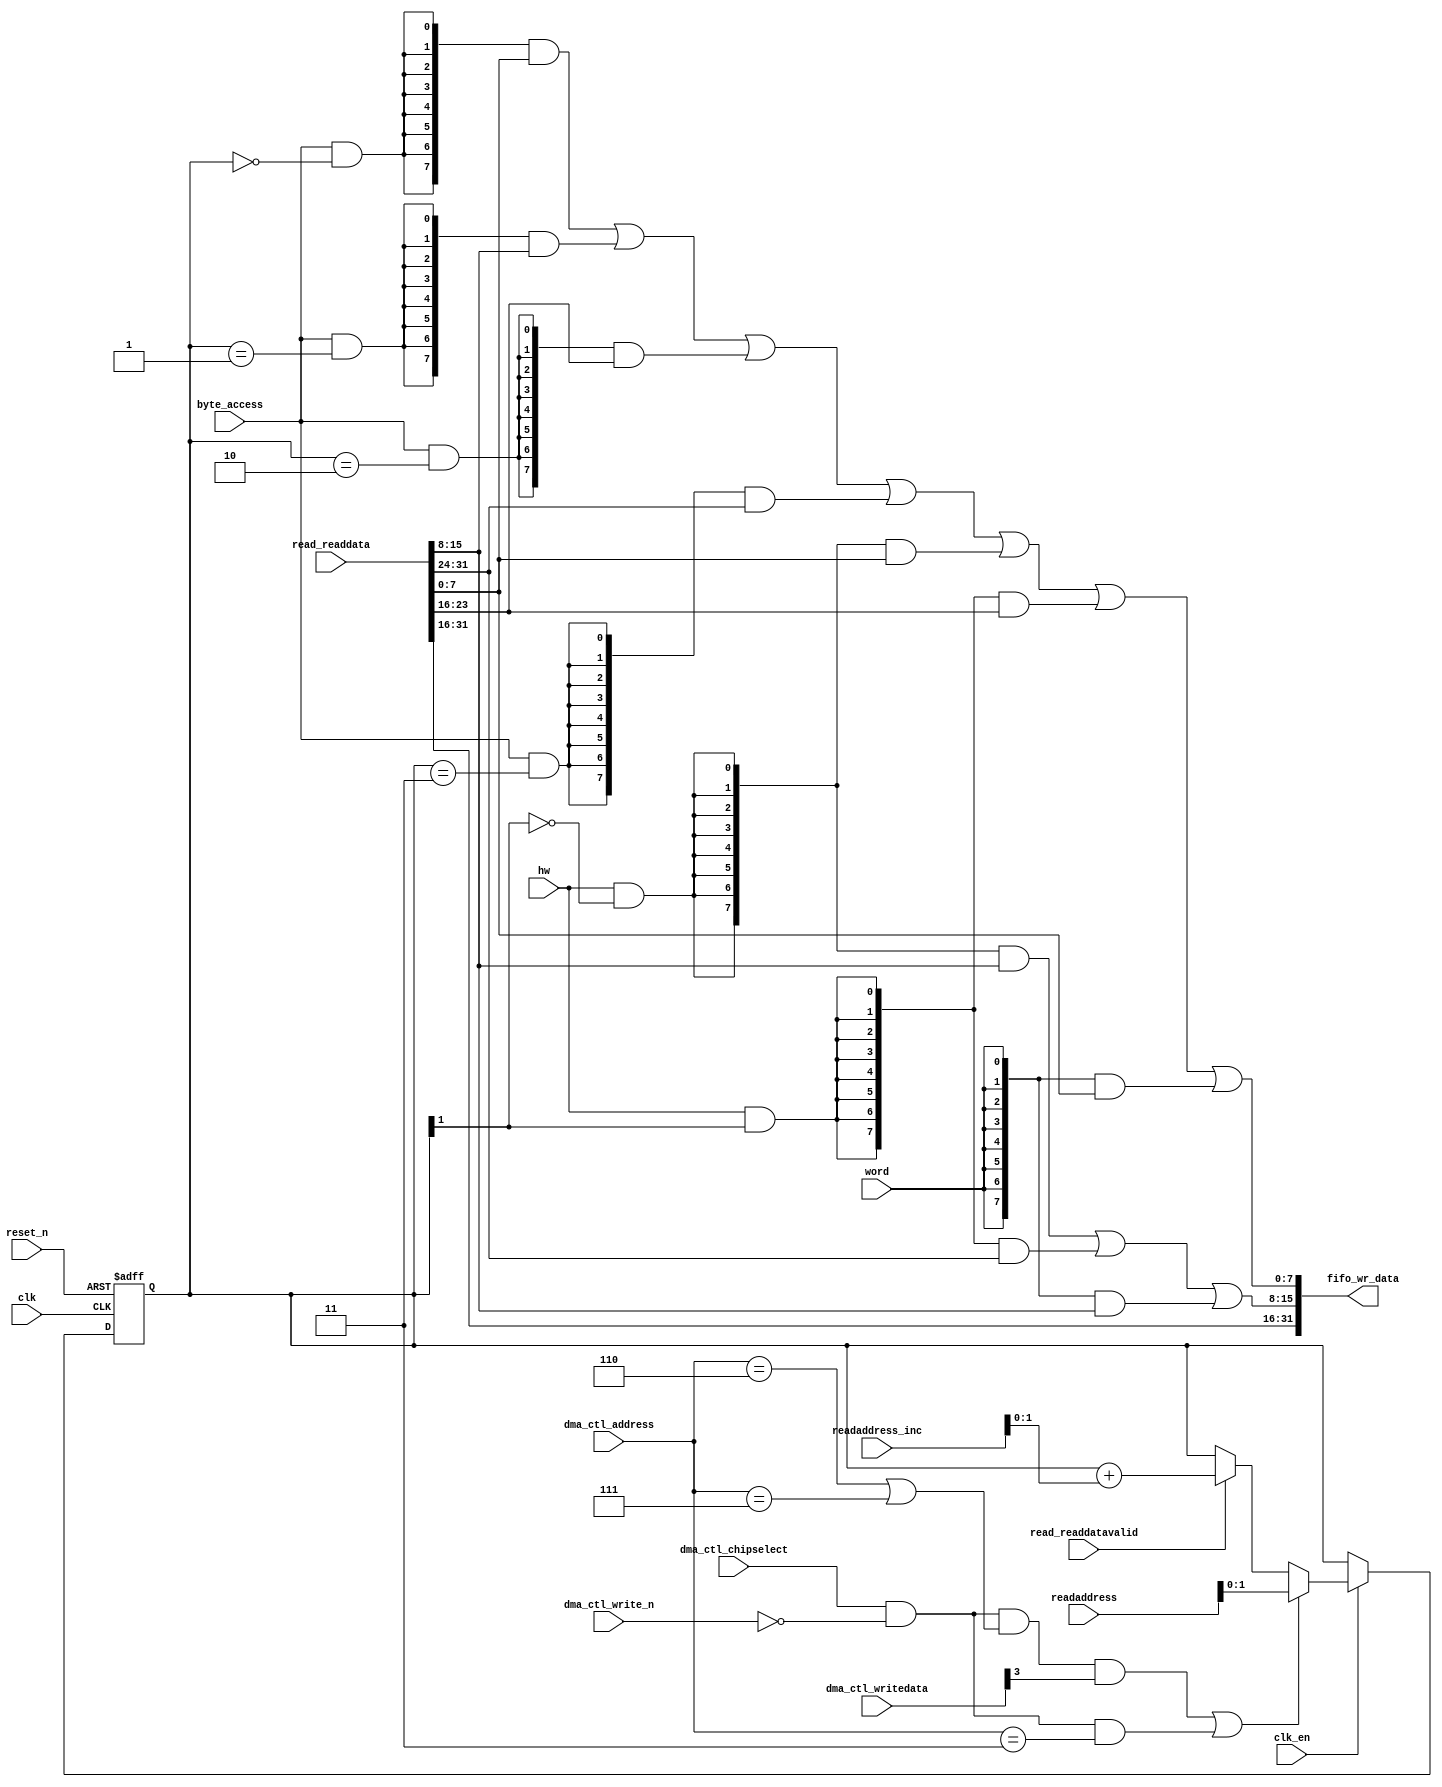
//Legal Notice: (C)2019 Altera Corporation. All rights reserved.  Your
//use of Altera Corporation's design tools, logic functions and other
//software and tools, and its AMPP partner logic functions, and any
//output files any of the foregoing (including device programming or
//simulation files), and any associated documentation or information are
//expressly subject to the terms and conditions of the Altera Program
//License Subscription Agreement or other applicable license agreement,
//including, without limitation, that your use is for the sole purpose
//of programming logic devices manufactured by Altera and sold by Altera
//or its authorized distributors.  Please refer to the applicable
//agreement for further details.

// synthesis translate_off
`timescale 1ns / 1ps
// synthesis translate_on

// turn off superfluous verilog processor warnings 
// altera message_level Level1 
// altera message_off 10034 10035 10036 10037 10230 10240 10030 

module platformniossdram_dma_0_read_data_mux (
                                               // inputs:
                                                byte_access,
                                                clk,
                                                clk_en,
                                                dma_ctl_address,
                                                dma_ctl_chipselect,
                                                dma_ctl_write_n,
                                                dma_ctl_writedata,
                                                hw,
                                                read_readdata,
                                                read_readdatavalid,
                                                readaddress,
                                                readaddress_inc,
                                                reset_n,
                                                word,

                                               // outputs:
                                                fifo_wr_data
                                             )
;

  output  [ 31: 0] fifo_wr_data;
  input            byte_access;
  input            clk;
  input            clk_en;
  input   [  2: 0] dma_ctl_address;
  input            dma_ctl_chipselect;
  input            dma_ctl_write_n;
  input   [ 26: 0] dma_ctl_writedata;
  input            hw;
  input   [ 31: 0] read_readdata;
  input            read_readdatavalid;
  input   [ 25: 0] readaddress;
  input   [  4: 0] readaddress_inc;
  input            reset_n;
  input            word;


wire             control_write;
wire    [ 31: 0] fifo_wr_data;
wire             length_write;
wire    [  1: 0] read_data_mux_input;
reg     [  1: 0] readdata_mux_select;
  assign control_write = dma_ctl_chipselect & ~dma_ctl_write_n & ((dma_ctl_address == 6) || (dma_ctl_address == 7));
  assign length_write = dma_ctl_chipselect & ~dma_ctl_write_n & (dma_ctl_address == 3);
  assign read_data_mux_input = ((control_write && dma_ctl_writedata[3] || length_write))? readaddress[1 : 0] :
    (read_readdatavalid)? (readdata_mux_select + readaddress_inc) :
    readdata_mux_select;

  // Reset value: the transaction size bits of the read address reset value.
  always @(posedge clk or negedge reset_n)
    begin
      if (reset_n == 0)
          readdata_mux_select <= 0;
      else if (clk_en)
          readdata_mux_select <= read_data_mux_input[1 : 0];
    end


  assign fifo_wr_data[31 : 16] = read_readdata[31 : 16];
  assign fifo_wr_data[15 : 8] = ({8 {(hw & (readdata_mux_select[1] == 0))}} & read_readdata[15 : 8]) |
    ({8 {(hw & (readdata_mux_select[1] == 1))}} & read_readdata[31 : 24]) |
    ({8 {word}} & read_readdata[15 : 8]);

  assign fifo_wr_data[7 : 0] = ({8 {(byte_access & (readdata_mux_select[1 : 0] == 0))}} & read_readdata[7 : 0]) |
    ({8 {(byte_access & (readdata_mux_select[1 : 0] == 1))}} & read_readdata[15 : 8]) |
    ({8 {(byte_access & (readdata_mux_select[1 : 0] == 2))}} & read_readdata[23 : 16]) |
    ({8 {(byte_access & (readdata_mux_select[1 : 0] == 3))}} & read_readdata[31 : 24]) |
    ({8 {(hw & (readdata_mux_select[1] == 0))}} & read_readdata[7 : 0]) |
    ({8 {(hw & (readdata_mux_select[1] == 1))}} & read_readdata[23 : 16]) |
    ({8 {word}} & read_readdata[7 : 0]);


endmodule


// synthesis translate_off
`timescale 1ns / 1ps
// synthesis translate_on

// turn off superfluous verilog processor warnings 
// altera message_level Level1 
// altera message_off 10034 10035 10036 10037 10230 10240 10030 

module platformniossdram_dma_0_byteenables (
                                             // inputs:
                                              byte_access,
                                              hw,
                                              word,
                                              write_address,

                                             // outputs:
                                              write_byteenable
                                           )
;

  output  [  3: 0] write_byteenable;
  input            byte_access;
  input            hw;
  input            word;
  input   [ 26: 0] write_address;


wire             wa_1_is_0;
wire             wa_1_is_1;
wire             wa_1_to_0_is_0;
wire             wa_1_to_0_is_1;
wire             wa_1_to_0_is_2;
wire             wa_1_to_0_is_3;
wire    [  3: 0] write_byteenable;
  assign wa_1_to_0_is_3 = write_address[1 : 0] == 2'h3;
  assign wa_1_to_0_is_2 = write_address[1 : 0] == 2'h2;
  assign wa_1_to_0_is_1 = write_address[1 : 0] == 2'h1;
  assign wa_1_to_0_is_0 = write_address[1 : 0] == 2'h0;
  assign wa_1_is_1 = write_address[1] == 1'h1;
  assign wa_1_is_0 = write_address[1] == 1'h0;
  assign write_byteenable = ({4 {byte_access}} & {wa_1_to_0_is_3, wa_1_to_0_is_2, wa_1_to_0_is_1, wa_1_to_0_is_0}) |
    ({4 {hw}} & {wa_1_is_1, wa_1_is_1, wa_1_is_0, wa_1_is_0}) |
    ({4 {word}} & 4'b1111);


endmodule


// synthesis translate_off
`timescale 1ns / 1ps
// synthesis translate_on

// turn off superfluous verilog processor warnings 
// altera message_level Level1 
// altera message_off 10034 10035 10036 10037 10230 10240 10030 

module platformniossdram_dma_0_fifo_module_fifo_ram_module (
                                                             // inputs:
                                                              clk,
                                                              data,
                                                              rdaddress,
                                                              rdclken,
                                                              reset_n,
                                                              wraddress,
                                                              wrclock,
                                                              wren,

                                                             // outputs:
                                                              q
                                                           )
;

  output  [ 31: 0] q;
  input            clk;
  input   [ 31: 0] data;
  input   [  4: 0] rdaddress;
  input            rdclken;
  input            reset_n;
  input   [  4: 0] wraddress;
  input            wrclock;
  input            wren;


reg     [ 31: 0] mem_array [ 31: 0];
wire    [ 31: 0] q;
reg     [  4: 0] read_address;

//synthesis translate_off
//////////////// SIMULATION-ONLY CONTENTS
  always @(posedge clk or negedge reset_n)
    begin
      if (reset_n == 0)
          read_address <= 0;
      else if (rdclken)
          read_address <= rdaddress;
    end


  // Data read is synchronized through latent_rdaddress.
  assign q = mem_array[read_address];

  always @(posedge wrclock)
    begin
      // Write data
      if (wren)
          mem_array[wraddress] <= data;
    end



//////////////// END SIMULATION-ONLY CONTENTS

//synthesis translate_on
//synthesis read_comments_as_HDL on
//  always @(rdaddress)
//    begin
//      read_address = rdaddress;
//    end
//
//
//  lpm_ram_dp lpm_ram_dp_component
//    (
//      .data (data),
//      .q (q),
//      .rdaddress (read_address),
//      .rdclken (rdclken),
//      .rdclock (clk),
//      .wraddress (wraddress),
//      .wrclock (wrclock),
//      .wren (wren)
//    );
//
//  defparam lpm_ram_dp_component.lpm_file = "UNUSED",
//           lpm_ram_dp_component.lpm_hint = "USE_EAB=ON",
//           lpm_ram_dp_component.lpm_indata = "REGISTERED",
//           lpm_ram_dp_component.lpm_outdata = "UNREGISTERED",
//           lpm_ram_dp_component.lpm_rdaddress_control = "REGISTERED",
//           lpm_ram_dp_component.lpm_width = 32,
//           lpm_ram_dp_component.lpm_widthad = 5,
//           lpm_ram_dp_component.lpm_wraddress_control = "REGISTERED",
//           lpm_ram_dp_component.suppress_memory_conversion_warnings = "ON";
//
//synthesis read_comments_as_HDL off

endmodule


// synthesis translate_off
`timescale 1ns / 1ps
// synthesis translate_on

// turn off superfluous verilog processor warnings 
// altera message_level Level1 
// altera message_off 10034 10035 10036 10037 10230 10240 10030 

module platformniossdram_dma_0_fifo_module (
                                             // inputs:
                                              clk,
                                              clk_en,
                                              fifo_read,
                                              fifo_wr_data,
                                              fifo_write,
                                              flush_fifo,
                                              inc_pending_data,
                                              reset_n,

                                             // outputs:
                                              fifo_datavalid,
                                              fifo_empty,
                                              fifo_rd_data,
                                              p1_fifo_full
                                           )
;

  output           fifo_datavalid;
  output           fifo_empty;
  output  [ 31: 0] fifo_rd_data;
  output           p1_fifo_full;
  input            clk;
  input            clk_en;
  input            fifo_read;
  input   [ 31: 0] fifo_wr_data;
  input            fifo_write;
  input            flush_fifo;
  input            inc_pending_data;
  input            reset_n;


wire    [  4: 0] estimated_rdaddress;
reg     [  4: 0] estimated_wraddress;
wire             fifo_datavalid;
wire             fifo_dec;
reg              fifo_empty;
reg              fifo_full;
wire             fifo_inc;
wire    [ 31: 0] fifo_ram_q;
wire    [ 31: 0] fifo_rd_data;
reg              last_write_collision;
reg     [ 31: 0] last_write_data;
wire    [  4: 0] p1_estimated_wraddress;
wire             p1_fifo_empty;
wire             p1_fifo_full;
wire    [  4: 0] p1_wraddress;
wire    [  4: 0] rdaddress;
reg     [  4: 0] rdaddress_reg;
reg     [  4: 0] wraddress;
wire             write_collision;
  assign p1_wraddress = (fifo_write)? wraddress - 1 :
    wraddress;

  always @(posedge clk or negedge reset_n)
    begin
      if (reset_n == 0)
          wraddress <= 0;
      else if (clk_en)
          if (flush_fifo)
              wraddress <= 0;
          else 
            wraddress <= p1_wraddress;
    end


  assign rdaddress = flush_fifo ? 0 : fifo_read ? (rdaddress_reg - 1) : rdaddress_reg;
  always @(posedge clk or negedge reset_n)
    begin
      if (reset_n == 0)
          rdaddress_reg <= 0;
      else 
        rdaddress_reg <= rdaddress;
    end


  assign fifo_datavalid = ~fifo_empty;
  assign fifo_inc = fifo_write & ~fifo_read;
  assign fifo_dec = fifo_read & ~fifo_write;
  assign estimated_rdaddress = rdaddress_reg - 1;
  assign p1_estimated_wraddress = (inc_pending_data)? estimated_wraddress - 1 :
    estimated_wraddress;

  always @(posedge clk or negedge reset_n)
    begin
      if (reset_n == 0)
          estimated_wraddress <= {5 {1'b1}};
      else if (clk_en)
          if (flush_fifo)
              estimated_wraddress <= {5 {1'b1}};
          else 
            estimated_wraddress <= p1_estimated_wraddress;
    end


  assign p1_fifo_empty = flush_fifo  | ((~fifo_inc & fifo_empty) | (fifo_dec & (wraddress == estimated_rdaddress)));
  always @(posedge clk or negedge reset_n)
    begin
      if (reset_n == 0)
          fifo_empty <= 1;
      else if (clk_en)
          fifo_empty <= p1_fifo_empty;
    end


  assign p1_fifo_full = ~flush_fifo & ((~fifo_dec & fifo_full)  | (inc_pending_data & (estimated_wraddress == rdaddress)));
  always @(posedge clk or negedge reset_n)
    begin
      if (reset_n == 0)
          fifo_full <= 0;
      else if (clk_en)
          fifo_full <= p1_fifo_full;
    end


  assign write_collision = fifo_write && (wraddress == rdaddress);
  always @(posedge clk or negedge reset_n)
    begin
      if (reset_n == 0)
          last_write_data <= 0;
      else if (write_collision)
          last_write_data <= fifo_wr_data;
    end


  always @(posedge clk or negedge reset_n)
    begin
      if (reset_n == 0)
          last_write_collision <= 0;
      else if (write_collision)
          last_write_collision <= -1;
      else if (fifo_read)
          last_write_collision <= 0;
    end


  assign fifo_rd_data = last_write_collision ? last_write_data : fifo_ram_q;
  //platformniossdram_dma_0_fifo_module_fifo_ram, which is an e_ram
  platformniossdram_dma_0_fifo_module_fifo_ram_module platformniossdram_dma_0_fifo_module_fifo_ram
    (
      .clk       (clk),
      .data      (fifo_wr_data),
      .q         (fifo_ram_q),
      .rdaddress (rdaddress),
      .rdclken   (1'b1),
      .reset_n   (reset_n),
      .wraddress (wraddress),
      .wrclock   (clk),
      .wren      (fifo_write)
    );


endmodule


// synthesis translate_off
`timescale 1ns / 1ps
// synthesis translate_on

// turn off superfluous verilog processor warnings 
// altera message_level Level1 
// altera message_off 10034 10035 10036 10037 10230 10240 10030 

module platformniossdram_dma_0_mem_read (
                                          // inputs:
                                           clk,
                                           clk_en,
                                           go,
                                           p1_done_read,
                                           p1_fifo_full,
                                           read_waitrequest,
                                           reset_n,

                                          // outputs:
                                           inc_read,
                                           mem_read_n
                                        )
;

  output           inc_read;
  output           mem_read_n;
  input            clk;
  input            clk_en;
  input            go;
  input            p1_done_read;
  input            p1_fifo_full;
  input            read_waitrequest;
  input            reset_n;


wire             inc_read;
wire             mem_read_n;
wire             p1_read_select;
reg              platformniossdram_dma_0_mem_read_access;
reg              platformniossdram_dma_0_mem_read_idle;
reg              read_select;
  assign mem_read_n = ~read_select;
  always @(posedge clk or negedge reset_n)
    begin
      if (reset_n == 0)
          read_select <= 0;
      else if (clk_en)
          read_select <= p1_read_select;
    end


  assign inc_read = read_select & ~read_waitrequest;
  // Transitions into state 'idle'.
  always @(posedge clk or negedge reset_n)
    begin
      if (reset_n == 0)
          platformniossdram_dma_0_mem_read_idle <= 1;
      else if (clk_en)
          platformniossdram_dma_0_mem_read_idle <= ((platformniossdram_dma_0_mem_read_idle == 1) & (go == 0)) |
                    ((platformniossdram_dma_0_mem_read_idle == 1) & (p1_done_read == 1)) |
                    ((platformniossdram_dma_0_mem_read_idle == 1) & (p1_fifo_full == 1)) |
                    ((platformniossdram_dma_0_mem_read_access == 1) & (p1_fifo_full == 1) & (read_waitrequest == 0)) |
                    ((platformniossdram_dma_0_mem_read_access == 1) & (p1_done_read == 1) & (read_waitrequest == 0));

    end


  // Transitions into state 'access'.
  always @(posedge clk or negedge reset_n)
    begin
      if (reset_n == 0)
          platformniossdram_dma_0_mem_read_access <= 0;
      else if (clk_en)
          platformniossdram_dma_0_mem_read_access <= ((platformniossdram_dma_0_mem_read_idle == 1) & (p1_fifo_full == 0) & (p1_done_read == 0) & (go == 1)) |
                    ((platformniossdram_dma_0_mem_read_access == 1) & (read_waitrequest == 1)) |
                    ((platformniossdram_dma_0_mem_read_access == 1) & (p1_fifo_full == 0) & (p1_done_read == 0) & (read_waitrequest == 0));

    end


  assign p1_read_select = ({1 {((platformniossdram_dma_0_mem_read_access && (read_waitrequest == 1)))}} & 1) |
    ({1 {((platformniossdram_dma_0_mem_read_access && (p1_done_read == 0) && (p1_fifo_full == 0) && (read_waitrequest == 0)))}} & 1) |
    ({1 {((platformniossdram_dma_0_mem_read_idle && (go == 1) && (p1_done_read == 0) && (p1_fifo_full == 0)))}} & 1);


endmodule


// synthesis translate_off
`timescale 1ns / 1ps
// synthesis translate_on

// turn off superfluous verilog processor warnings 
// altera message_level Level1 
// altera message_off 10034 10035 10036 10037 10230 10240 10030 

module platformniossdram_dma_0_mem_write (
                                           // inputs:
                                            d1_enabled_write_endofpacket,
                                            fifo_datavalid,
                                            write_waitrequest,

                                           // outputs:
                                            fifo_read,
                                            inc_write,
                                            mem_write_n,
                                            write_select
                                         )
;

  output           fifo_read;
  output           inc_write;
  output           mem_write_n;
  output           write_select;
  input            d1_enabled_write_endofpacket;
  input            fifo_datavalid;
  input            write_waitrequest;


wire             fifo_read;
wire             inc_write;
wire             mem_write_n;
wire             write_select;
  assign write_select = fifo_datavalid & ~d1_enabled_write_endofpacket;
  assign mem_write_n = ~write_select;
  assign fifo_read = write_select & ~write_waitrequest;
  assign inc_write = fifo_read;

endmodule


// synthesis translate_off
`timescale 1ns / 1ps
// synthesis translate_on

// turn off superfluous verilog processor warnings 
// altera message_level Level1 
// altera message_off 10034 10035 10036 10037 10230 10240 10030 

//DMA peripheral platformniossdram_dma_0
//Read slaves:
//sdram.s1; 
//Write slaves:
//onchip_memory2_0.s1; 


module platformniossdram_dma_0 (
                                 // inputs:
                                  clk,
                                  dma_ctl_address,
                                  dma_ctl_chipselect,
                                  dma_ctl_write_n,
                                  dma_ctl_writedata,
                                  read_readdata,
                                  read_readdatavalid,
                                  read_waitrequest,
                                  system_reset_n,
                                  write_waitrequest,

                                 // outputs:
                                  dma_ctl_irq,
                                  dma_ctl_readdata,
                                  read_address,
                                  read_chipselect,
                                  read_read_n,
                                  write_address,
                                  write_byteenable,
                                  write_chipselect,
                                  write_write_n,
                                  write_writedata
                               )
  /* synthesis ALTERA_ATTRIBUTE = "SUPPRESS_DA_RULE_INTERNAL=\"R101\"" */ ;

  output           dma_ctl_irq;
  output  [ 26: 0] dma_ctl_readdata;
  output  [ 25: 0] read_address;
  output           read_chipselect;
  output           read_read_n;
  output  [ 26: 0] write_address;
  output  [  3: 0] write_byteenable;
  output           write_chipselect;
  output           write_write_n;
  output  [ 31: 0] write_writedata;
  input            clk;
  input   [  2: 0] dma_ctl_address;
  input            dma_ctl_chipselect;
  input            dma_ctl_write_n;
  input   [ 26: 0] dma_ctl_writedata;
  input   [ 31: 0] read_readdata;
  input            read_readdatavalid;
  input            read_waitrequest;
  input            system_reset_n;
  input            write_waitrequest;


wire             busy;
wire             byte_access;
wire             clk_en;
reg     [ 12: 0] control;
reg              d1_done_transaction;
reg              d1_enabled_write_endofpacket;
reg              d1_read_got_endofpacket;
reg              d1_softwarereset;
wire             dma_ctl_irq;
reg     [ 26: 0] dma_ctl_readdata;
reg              done;
wire             done_transaction;
reg              done_write;
wire             doubleword;
wire             enabled_write_endofpacket;
wire             fifo_datavalid;
wire             fifo_empty;
wire    [ 31: 0] fifo_rd_data;
wire    [ 31: 0] fifo_rd_data_as_byte_access;
wire    [ 31: 0] fifo_rd_data_as_hw;
wire    [ 31: 0] fifo_rd_data_as_word;
wire             fifo_read;
wire    [ 31: 0] fifo_wr_data;
wire             fifo_write;
wire             fifo_write_data_valid;
wire             flush_fifo;
wire             go;
wire             hw;
wire             i_en;
wire             inc_read;
wire             inc_write;
wire             leen;
reg              len;
reg     [ 25: 0] length;
reg              length_eq_0;
wire             mem_read_n;
wire             mem_write_n;
wire    [ 12: 0] p1_control;
wire    [ 26: 0] p1_dma_ctl_readdata;
wire             p1_done_read;
wire             p1_done_write;
wire             p1_fifo_full;
wire    [ 25: 0] p1_length;
wire             p1_length_eq_0;
wire             p1_read_got_endofpacket;
wire    [ 25: 0] p1_readaddress;
wire             p1_write_got_endofpacket;
wire    [ 26: 0] p1_writeaddress;
wire    [ 25: 0] p1_writelength;
wire             p1_writelength_eq_0;
wire             quadword;
wire             rcon;
wire    [ 25: 0] read_address;
wire             read_chipselect;
wire             read_endofpacket;
reg              read_got_endofpacket;
wire             read_read_n;
reg     [ 25: 0] readaddress;
wire    [  4: 0] readaddress_inc;
wire             reen;
reg              reop;
reg              reset_n;
wire             set_software_reset_bit;
reg              software_reset_request;
wire             softwarereset;
wire    [  4: 0] status;
wire             status_register_write;
wire             wcon;
wire             ween;
reg              weop;
wire             word;
wire    [ 26: 0] write_address;
wire    [  3: 0] write_byteenable;
wire             write_chipselect;
wire             write_endofpacket;
reg              write_got_endofpacket;
wire             write_select;
wire             write_write_n;
wire    [ 31: 0] write_writedata;
reg     [ 26: 0] writeaddress;
wire    [  4: 0] writeaddress_inc;
reg     [ 25: 0] writelength;
reg              writelength_eq_0;
  assign clk_en = 1;
  //control_port_slave, which is an e_avalon_slave
  //read_master, which is an e_avalon_master
  platformniossdram_dma_0_read_data_mux the_platformniossdram_dma_0_read_data_mux
    (
      .byte_access        (byte_access),
      .clk                (clk),
      .clk_en             (clk_en),
      .dma_ctl_address    (dma_ctl_address),
      .dma_ctl_chipselect (dma_ctl_chipselect),
      .dma_ctl_write_n    (dma_ctl_write_n),
      .dma_ctl_writedata  (dma_ctl_writedata),
      .fifo_wr_data       (fifo_wr_data),
      .hw                 (hw),
      .read_readdata      (read_readdata),
      .read_readdatavalid (read_readdatavalid),
      .readaddress        (readaddress),
      .readaddress_inc    (readaddress_inc),
      .reset_n            (reset_n),
      .word               (word)
    );

  //write_master, which is an e_avalon_master
  platformniossdram_dma_0_byteenables the_platformniossdram_dma_0_byteenables
    (
      .byte_access      (byte_access),
      .hw               (hw),
      .word             (word),
      .write_address    (write_address),
      .write_byteenable (write_byteenable)
    );

  assign read_read_n = mem_read_n;
  assign status_register_write = dma_ctl_chipselect & ~dma_ctl_write_n & (dma_ctl_address == 0);
  // read address
  always @(posedge clk or negedge reset_n)
    begin
      if (reset_n == 0)
          readaddress <= 26'h0;
      else if (clk_en)
          readaddress <= p1_readaddress;
    end


  assign p1_readaddress = ((dma_ctl_chipselect & ~dma_ctl_write_n & (dma_ctl_address == 1)))? dma_ctl_writedata :
    (inc_read)? (readaddress + readaddress_inc) :
    readaddress;

  // write address
  always @(posedge clk or negedge reset_n)
    begin
      if (reset_n == 0)
          writeaddress <= 27'h0;
      else if (clk_en)
          writeaddress <= p1_writeaddress;
    end


  assign p1_writeaddress = ((dma_ctl_chipselect & ~dma_ctl_write_n & (dma_ctl_address == 2)))? dma_ctl_writedata :
    (inc_write)? (writeaddress + writeaddress_inc) :
    writeaddress;

  // length in bytes
  always @(posedge clk or negedge reset_n)
    begin
      if (reset_n == 0)
          length <= 26'h0;
      else if (clk_en)
          length <= p1_length;
    end


  assign p1_length = ((dma_ctl_chipselect & ~dma_ctl_write_n & (dma_ctl_address == 3)))? dma_ctl_writedata :
    ((inc_read && (!length_eq_0)))? length - {1'b0,
    1'b0,
    word,
    hw,
    byte_access} :
    length;

  // control register
  always @(posedge clk or negedge reset_n)
    begin
      if (reset_n == 0)
          control <= 13'h84;
      else if (clk_en)
          control <= p1_control;
    end


  assign p1_control = ((dma_ctl_chipselect & ~dma_ctl_write_n & ((dma_ctl_address == 6) || (dma_ctl_address == 7))))? dma_ctl_writedata :
    control;

  // write master length
  always @(posedge clk or negedge reset_n)
    begin
      if (reset_n == 0)
          writelength <= 26'h0;
      else if (clk_en)
          writelength <= p1_writelength;
    end


  assign p1_writelength = ((dma_ctl_chipselect & ~dma_ctl_write_n & (dma_ctl_address == 3)))? dma_ctl_writedata :
    ((inc_write && (!writelength_eq_0)))? writelength - {1'b0,
    1'b0,
    word,
    hw,
    byte_access} :
    writelength;

  assign p1_writelength_eq_0 = inc_write && (!writelength_eq_0) && ((writelength  - {1'b0,
    1'b0,
    word,
    hw,
    byte_access}) == 0);

  assign p1_length_eq_0 = inc_read && (!length_eq_0) && ((length  - {1'b0,
    1'b0,
    word,
    hw,
    byte_access}) == 0);

  always @(posedge clk or negedge reset_n)
    begin
      if (reset_n == 0)
          length_eq_0 <= 1;
      else if (clk_en)
          if (dma_ctl_chipselect & ~dma_ctl_write_n & (dma_ctl_address == 3))
              length_eq_0 <= 0;
          else if (p1_length_eq_0)
              length_eq_0 <= -1;
    end


  always @(posedge clk or negedge reset_n)
    begin
      if (reset_n == 0)
          writelength_eq_0 <= 1;
      else if (clk_en)
          if (dma_ctl_chipselect & ~dma_ctl_write_n & (dma_ctl_address == 3))
              writelength_eq_0 <= 0;
          else if (p1_writelength_eq_0)
              writelength_eq_0 <= -1;
    end


  assign writeaddress_inc = (wcon)? 0 :
    {1'b0,
    1'b0,
    word,
    hw,
    byte_access};

  assign readaddress_inc = (rcon)? 0 :
    {1'b0,
    1'b0,
    word,
    hw,
    byte_access};

  assign p1_dma_ctl_readdata = ({27 {(dma_ctl_address == 0)}} & status) |
    ({27 {(dma_ctl_address == 1)}} & readaddress) |
    ({27 {(dma_ctl_address == 2)}} & writeaddress) |
    ({27 {(dma_ctl_address == 3)}} & writelength) |
    ({27 {(dma_ctl_address == 6)}} & control);

  always @(posedge clk or negedge reset_n)
    begin
      if (reset_n == 0)
          dma_ctl_readdata <= 0;
      else if (clk_en)
          dma_ctl_readdata <= p1_dma_ctl_readdata;
    end


  assign done_transaction = go & done_write;
  always @(posedge clk or negedge reset_n)
    begin
      if (reset_n == 0)
          done <= 0;
      else if (clk_en)
          if (status_register_write)
              done <= 0;
          else if (done_transaction & ~d1_done_transaction)
              done <= -1;
    end


  always @(posedge clk or negedge reset_n)
    begin
      if (reset_n == 0)
          d1_done_transaction <= 0;
      else if (clk_en)
          d1_done_transaction <= done_transaction;
    end


  assign busy = go & ~done_write;
  assign status[0] = done;
  assign status[1] = busy;
  assign status[2] = reop;
  assign status[3] = weop;
  assign status[4] = len;
  assign byte_access = control[0];
  assign hw = control[1];
  assign word = control[2];
  assign go = control[3];
  assign i_en = control[4];
  assign reen = control[5];
  assign ween = control[6];
  assign leen = control[7];
  assign rcon = control[8];
  assign wcon = control[9];
  assign doubleword = control[10];
  assign quadword = control[11];
  assign softwarereset = control[12];
  assign dma_ctl_irq = i_en & done;
  assign p1_read_got_endofpacket = ~status_register_write && (read_got_endofpacket || (read_endofpacket & reen));
  assign p1_write_got_endofpacket = ~status_register_write && (write_got_endofpacket || (inc_write & write_endofpacket & ween));
  always @(posedge clk or negedge reset_n)
    begin
      if (reset_n == 0)
          read_got_endofpacket <= 0;
      else if (clk_en)
          read_got_endofpacket <= p1_read_got_endofpacket;
    end


  always @(posedge clk or negedge reset_n)
    begin
      if (reset_n == 0)
          write_got_endofpacket <= 0;
      else if (clk_en)
          write_got_endofpacket <= p1_write_got_endofpacket;
    end


  assign flush_fifo = ~d1_done_transaction & done_transaction;
  platformniossdram_dma_0_fifo_module the_platformniossdram_dma_0_fifo_module
    (
      .clk              (clk),
      .clk_en           (clk_en),
      .fifo_datavalid   (fifo_datavalid),
      .fifo_empty       (fifo_empty),
      .fifo_rd_data     (fifo_rd_data),
      .fifo_read        (fifo_read),
      .fifo_wr_data     (fifo_wr_data),
      .fifo_write       (fifo_write),
      .flush_fifo       (flush_fifo),
      .inc_pending_data (inc_read),
      .p1_fifo_full     (p1_fifo_full),
      .reset_n          (reset_n)
    );

  //the_platformniossdram_dma_0_mem_read, which is an e_instance
  platformniossdram_dma_0_mem_read the_platformniossdram_dma_0_mem_read
    (
      .clk              (clk),
      .clk_en           (clk_en),
      .go               (go),
      .inc_read         (inc_read),
      .mem_read_n       (mem_read_n),
      .p1_done_read     (p1_done_read),
      .p1_fifo_full     (p1_fifo_full),
      .read_waitrequest (read_waitrequest),
      .reset_n          (reset_n)
    );

  assign fifo_write = fifo_write_data_valid;
  assign enabled_write_endofpacket = write_endofpacket & ween;
  always @(posedge clk or negedge reset_n)
    begin
      if (reset_n == 0)
          d1_enabled_write_endofpacket <= 0;
      else if (clk_en)
          d1_enabled_write_endofpacket <= enabled_write_endofpacket;
    end


  platformniossdram_dma_0_mem_write the_platformniossdram_dma_0_mem_write
    (
      .d1_enabled_write_endofpacket (d1_enabled_write_endofpacket),
      .fifo_datavalid               (fifo_datavalid),
      .fifo_read                    (fifo_read),
      .inc_write                    (inc_write),
      .mem_write_n                  (mem_write_n),
      .write_select                 (write_select),
      .write_waitrequest            (write_waitrequest)
    );

  assign p1_done_read = (leen && (p1_length_eq_0 || (length_eq_0))) | p1_read_got_endofpacket | p1_done_write;
  always @(posedge clk or negedge reset_n)
    begin
      if (reset_n == 0)
          len <= 0;
      else if (clk_en)
          if (status_register_write)
              len <= 0;
          else if (~d1_done_transaction & done_transaction && (writelength_eq_0))
              len <= -1;
    end


  always @(posedge clk or negedge reset_n)
    begin
      if (reset_n == 0)
          reop <= 0;
      else if (clk_en)
          if (status_register_write)
              reop <= 0;
          else if (fifo_empty & read_got_endofpacket & d1_read_got_endofpacket)
              reop <= -1;
    end


  always @(posedge clk or negedge reset_n)
    begin
      if (reset_n == 0)
          weop <= 0;
      else if (clk_en)
          if (status_register_write)
              weop <= 0;
          else if (write_got_endofpacket)
              weop <= -1;
    end


  assign p1_done_write = (leen && (p1_writelength_eq_0 || writelength_eq_0)) | p1_write_got_endofpacket | fifo_empty & d1_read_got_endofpacket;
  always @(posedge clk or negedge reset_n)
    begin
      if (reset_n == 0)
          d1_read_got_endofpacket <= 0;
      else if (clk_en)
          d1_read_got_endofpacket <= read_got_endofpacket;
    end


  // Write has completed when the length goes to 0, or
  //the write source said end-of-packet, or
  //the read source said end-of-packet and the fifo has emptied.
  always @(posedge clk or negedge reset_n)
    begin
      if (reset_n == 0)
          done_write <= 0;
      else if (clk_en)
          done_write <= p1_done_write;
    end


  assign read_address = readaddress;
  assign write_address = writeaddress;
  assign write_chipselect = write_select;
  assign read_chipselect = ~read_read_n;
  assign write_write_n = mem_write_n;
  assign fifo_rd_data_as_byte_access = {fifo_rd_data[7 : 0],
    fifo_rd_data[7 : 0],
    fifo_rd_data[7 : 0],
    fifo_rd_data[7 : 0]};

  assign fifo_rd_data_as_hw = {fifo_rd_data[15 : 0],
    fifo_rd_data[15 : 0]};

  assign fifo_rd_data_as_word = fifo_rd_data[31 : 0];
  assign write_writedata = ({32 {byte_access}} & fifo_rd_data_as_byte_access) |
    ({32 {hw}} & fifo_rd_data_as_hw) |
    ({32 {word}} & fifo_rd_data_as_word);

  assign fifo_write_data_valid = read_readdatavalid;
  assign set_software_reset_bit = ((dma_ctl_chipselect & ~dma_ctl_write_n & ((dma_ctl_address == 6) || (dma_ctl_address == 7)))) & (dma_ctl_address != 7) & dma_ctl_writedata[12];
  always @(posedge clk or negedge system_reset_n)
    begin
      if (system_reset_n == 0)
          d1_softwarereset <= 0;
      else if (set_software_reset_bit | software_reset_request)
          d1_softwarereset <= softwarereset & ~software_reset_request;
    end


  always @(posedge clk or negedge system_reset_n)
    begin
      if (system_reset_n == 0)
          software_reset_request <= 0;
      else if (set_software_reset_bit | software_reset_request)
          software_reset_request <= d1_softwarereset & ~software_reset_request;
    end


  always @(posedge clk or negedge system_reset_n)
    begin
      if (system_reset_n == 0)
          reset_n <= 0;
      else 
        reset_n <= ~(~system_reset_n | software_reset_request);
    end


  assign read_endofpacket = 0;
  assign write_endofpacket = 0;

endmodule